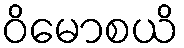
ဝိမောစယိ